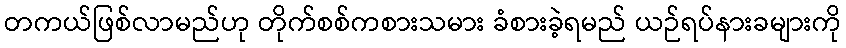
တကယ်ဖြစ်လာမည်ဟု တိုက်စစ်ကစားသမား ခံစားခဲ့ရမည် ယဉ်ရပ်နားခများကို